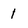
Character: 1